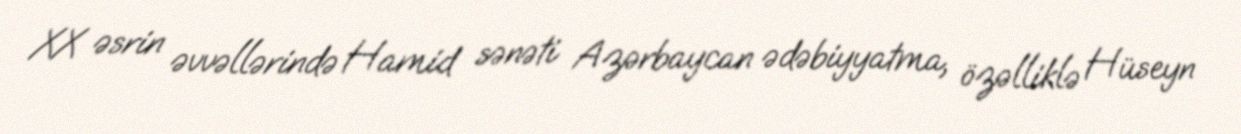
XX əsrin əvvəllərində Hamid sənəti Azərbaycan ədəbiyyatma, özəlliklə Hüseyn